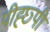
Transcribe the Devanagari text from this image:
पीह्छ्पी